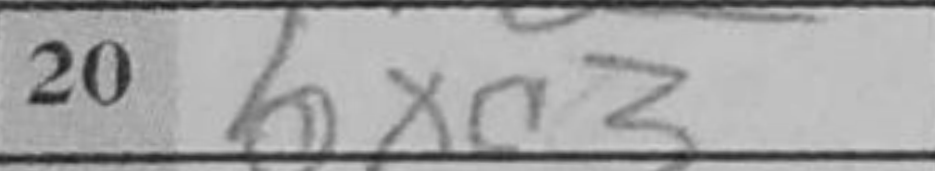
Transcription: bxc3